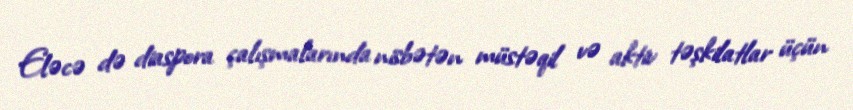
Eləcə də diaspora çalışmalarında nisbətən müstəqil və aktiv təşkilatlar üçün